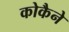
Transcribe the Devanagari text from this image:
कोकैने